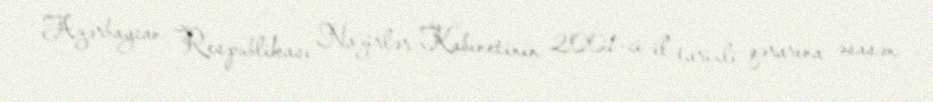
Azərbaycan Respublikası Nazirlər Kabinetinin 2001-ci il tarixli qərarına əsasən